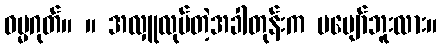
ဓမ္မဂုတ်။ ။ အလှူလုပ်တဲ့အခါတုန်းက မပျော်ဘူးလား။